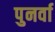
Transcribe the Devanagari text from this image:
पुनर्वा